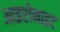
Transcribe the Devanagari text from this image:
आइरोनाइट